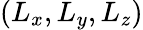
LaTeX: (L_{x},L_{y},L_{z})